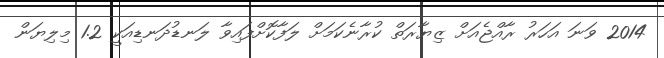
2014 ވަނަ އަހަރު ރާއްޖެއަށް ޒިޔާރަތް ކުރާނެކަމަށް ލަފާކޮށްފައިވާ ލަނޑުދަނޑިއަކީ 1.2 މިލިޔަން